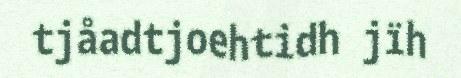
tjåadtjoehtidh jïh